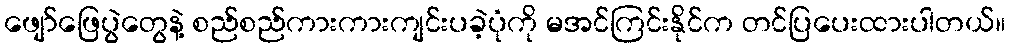
ဖျော်ဖြေပွဲတွေနဲ့ စည်စည်ကားကားကျင်းပခဲ့ပုံကို မအင်ကြင်းနိုင်က တင်ပြပေးထားပါတယ်။